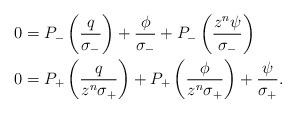
LaTeX: \begin{align*}\begin{aligned}0 &= P_{-}\left( \frac{q}{\sigma_{-}} \right) + \frac{\phi}{\sigma_{-}} + P_{-}\left( \frac{z^{n}\psi}{\sigma_{-}}\right) \\0 &= P_{+}\left(\frac{q}{z^{n}\sigma_{+}}\right) + P_{+}\left( \frac{\phi}{z^{n}\sigma_{+}}\right) + \frac{\psi}{\sigma_{+}}.\end{aligned}\end{align*}